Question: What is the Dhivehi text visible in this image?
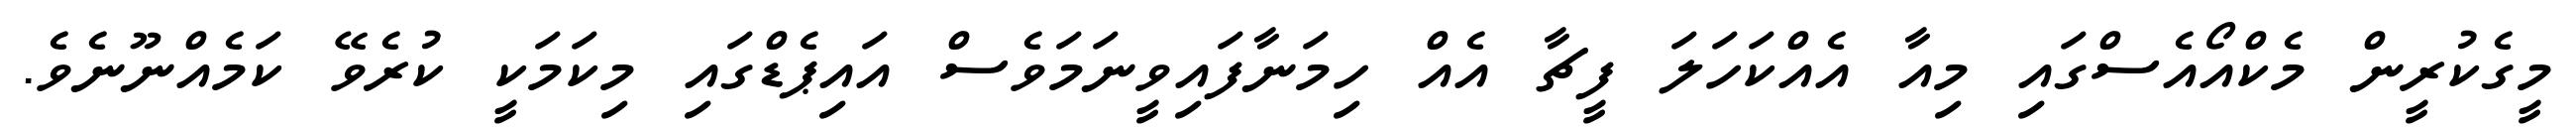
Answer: މީގެކުރީން މެކްއޯއެސްގައި މިއާ އެއްކަހަލަ ފީޗާ އެއް ހިމަނާފައިވީނަމަވެސް އައިޕެޑްގައި މިކަމަކީ ކުރެވޭ ކަމެއްނޫނެވެ.